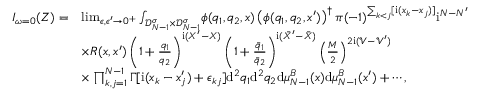
\begin{array} { r l } { I _ { \omega = 0 } ( Z ) = } & { \operatorname* { l i m } _ { \epsilon , \epsilon ^ { \prime } \to 0 ^ { + } } \int _ { \mathscr D _ { N - 1 } ^ { \sigma } \times \mathscr D _ { N - 1 } ^ { \sigma } } \! \phi ( q _ { 1 } , q _ { 2 } , x ) \left( \phi ( q _ { 1 } , q _ { 2 } , x ^ { \prime } ) \right) ^ { \dagger } \pi ( - 1 ) ^ { \sum _ { k < j } [ \mathrm { i } ( x _ { k } - x _ { j } ) ] } \mathrm { i } ^ { N - N ^ { \prime } } } \\ & { \times R ( x , x ^ { \prime } ) \left( 1 + \frac { q _ { 1 } } { q _ { 2 } } \right) ^ { \mathrm { i } ( X ^ { \prime } - X ) } \left( 1 + \frac { \bar { q } _ { 1 } } { \bar { q } _ { 2 } } \right) ^ { \mathrm { i } ( \bar { X } ^ { \prime } - \bar { X } ) } \left( \frac M 2 \right) ^ { 2 \mathrm { i } ( \mathcal V - \mathcal V ^ { \prime } ) } } \\ & { \times \prod _ { k , j = 1 } ^ { N - 1 } \boldsymbol \Gamma [ \mathrm { i } ( x _ { k } - x _ { j } ^ { \prime } ) + \epsilon _ { k j } ] \mathrm { d } ^ { 2 } q _ { 1 } \mathrm { d } ^ { 2 } q _ { 2 } \mathrm { d } \mu _ { N - 1 } ^ { B } ( x ) \mathrm { d } \mu _ { N - 1 } ^ { B } ( x ^ { \prime } ) + \cdots , } \end{array}